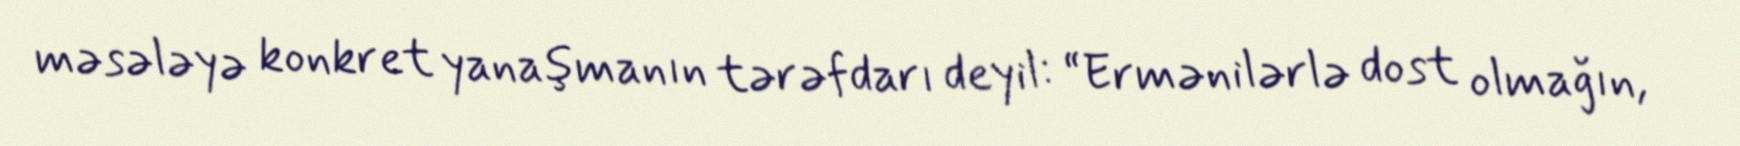
məsələyə konkret yanaşmanın tərəfdarı deyil: “Ermənilərlə dost olmağın,